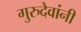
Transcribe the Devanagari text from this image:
गुरुदेवांनी